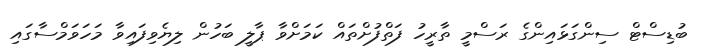
ބުޑިސްޓް ސިންގަޅައިންގެ ރަސްމީ ތާރީހު ފަތްފުށްތައް ކަމަށްވާ ޕާލީ ބަހުން ލިޔެވިފައިވާ މަހަވަމްސާގައި